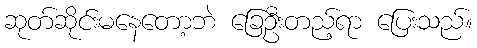
ဆုတ်ဆိုင်းမနေတော့ဘဲ ခြေဦးတည့်ရာ ပြေးသည်။